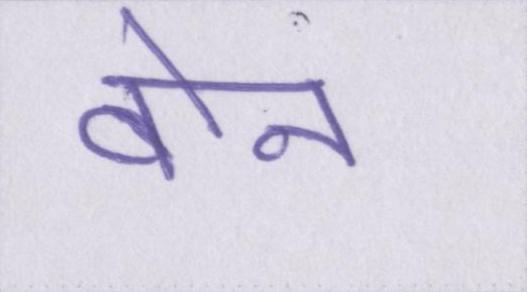
बोन